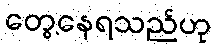
တွေ့နေရသည်ဟု